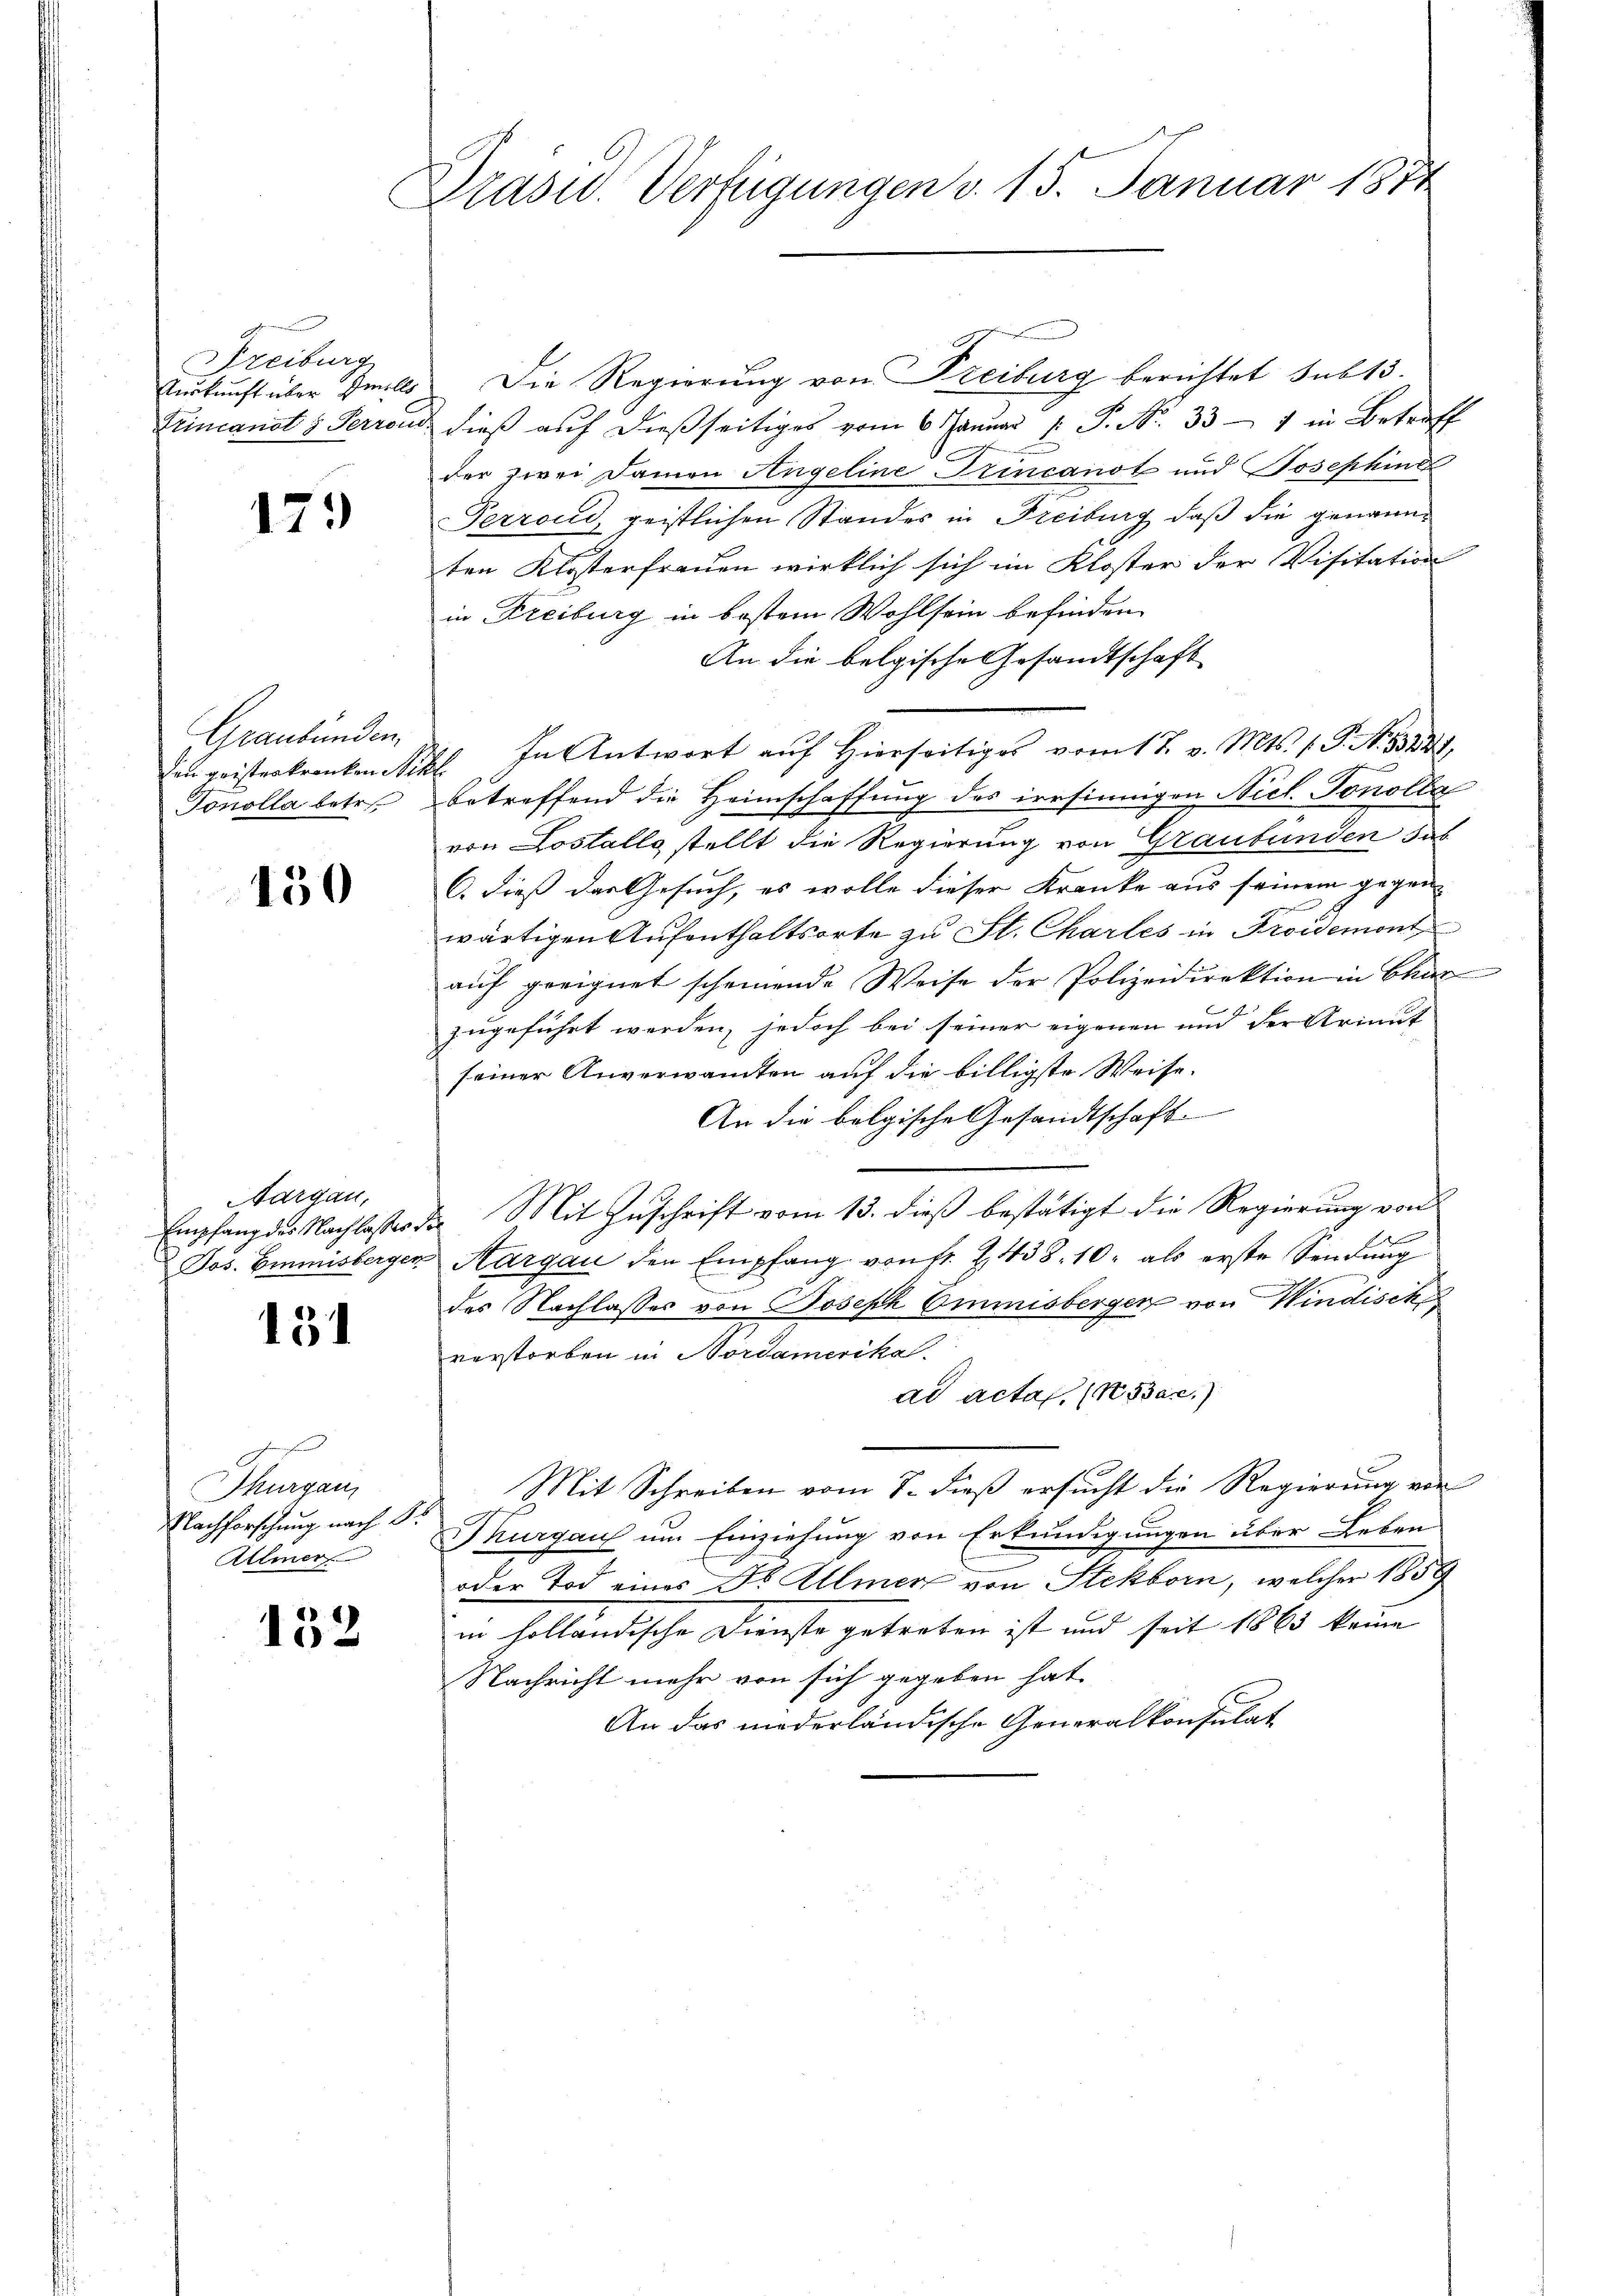
Freiburg
Turkunft über mille
Luincanot 5 Perrou.

17.

Graubünden.
den geisterkranken die
Tonolla betr.

130

Aargau,

151

Thurgau,
Nachforschung nach S
Allmer

152

Präsid.. Verfügungen v. 15. Januar 1874

Die Regierung von Freiburg berichtet sub 15.
dieß auf dießseitiges vom 6. Januar 1 P. Nr. 331 in Betroff
der zwei Damen Angeline Princanot und Josephine
Perrond, geistlichen Standes in Freiburg, daß die genannten Klosterfreuen wirklich sich im Kloster der Visitation
in Freiburg in bestem Wohlsein befinden
An die belgische Gesandtschaft
In Antwort auf Hierseitiges vom 17. v. Mts. 1. P. M. 18821.
¬
betreffend die Heimschaffung des irrsinnigen Nicl. Tonolla
von Lostalls stellt die Regierung von Graubünden sas
C. dieß das Gesuch, es wolle dieser Kranke aus seinem gegenwärtigen Aufenthaltsorte zu St. Chartes in Proidemont
aŭf geeignet scheinende Weise der Polizeidirektion in Char
zugeführt werden, jedoch bei seiner eigenen und der Arinit
seiner Anverwandten auf die billigste Weise.
An die belgische Gesandtschaft
Empfang des Nachlasser der Mit Zuschrift vom 13. dieß bestätigt die Regierung von
Jos. Emmnisberger Margau den Empfang von fr. 2438. 10. als erste Sendŭng
des Nachlasses von Joseph Einmisbergen von Windische
verstorben in Nordamerika.
ad actas. (N. Bar.)
Mit Schreiben vom S. dieß ersucht die Regierung von
Thurgau um Einziehung von Erkundigungen über Leben
oder Tod eines Jb. Allmer von Stekborn, welcher 1859
in holländische Dienste getreten ist und seit 1863 kaum
Nachricht mehr von sich gegeben hat.
An das niederländische Generalkonsulat